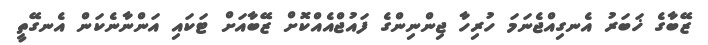
ޒޭބާގެ ޚަބަރު އެނގިއްޖެނަމަ ހުރިހާ ޖިންނިންގެ ފައުޖްއެއްކޮށް ޒޭބާއަށް ޓަކައި އަންނާނެކަން އެނގޭތީ